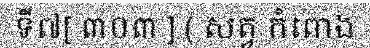
ទី៧[ ៣០៣ ] ( សត្វ កំពោង